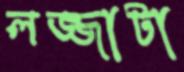
লজ্জাটা